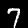
Digit: 7